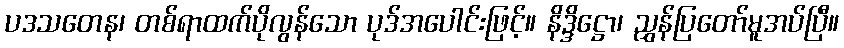
ပဒသတေန၊ တစ်ရာထက်ပိုလွန်သော ပုဒ်အပေါင်းဖြင့်။ နိဒ္ဒိဋ္ဌော၊ ညွှန်ပြတော်မူအပ်ပြီ။